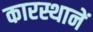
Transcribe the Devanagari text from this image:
कारस्थानें